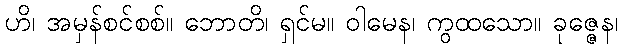
ဟိ၊ အမှန်စင်စစ်။ ဘောတိ၊ ရှင်မ။ ဝါမေန၊ ကွထသော။ ခုဇ္ဇေန၊